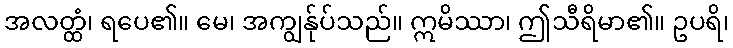
အလတ္ထံ၊ ရပေ၏။ မေ၊ အကျွန်ုပ်သည်။ ဣမိဿာ၊ ဤသီရိမာ၏။ ဥပရိ၊